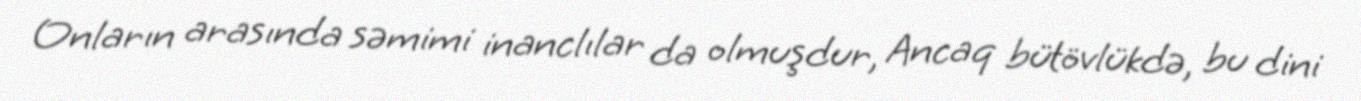
Onların arasında səmimi inanclılar da olmuşdur, Ancaq bütövlükdə, bu dini